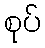
စုပ်